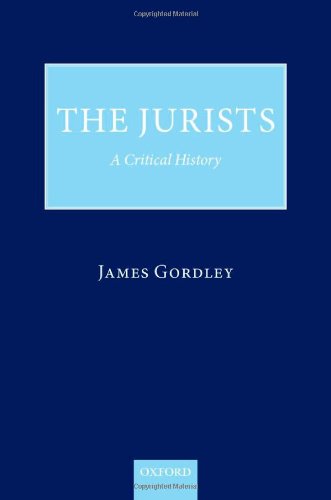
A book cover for The Jurists: A Critical History; James Gordley; Law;